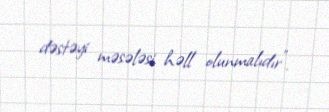
dəstəyi məsələsi həll olunmalıdır”.